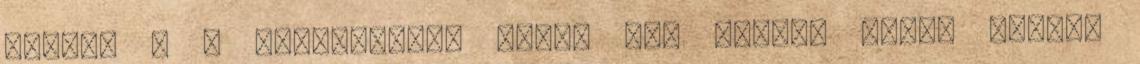
közül, s a legmagasabb rangú oda elzárt lény. Azázel